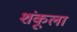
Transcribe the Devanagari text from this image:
शंकूला